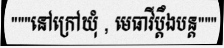
"""នៅក្រៅឃុំ , មេធាវីប្តឹងបន្ត"""